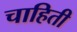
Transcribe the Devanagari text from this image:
चाहिती